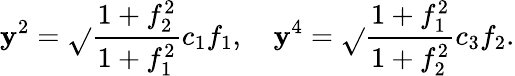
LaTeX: \mathbf{y}^{2}=\sqrt{}{{\frac{{1+f_{2}^{2}}}{{1+f_{1}^{2}}}}}c_{1}f_{1},\quad\mathbf{y}^{4}=\sqrt{}{{\frac{{1+f_{1}^{2}}}{{1+f_{2}^{2}}}}}c_{3}f_{2}.